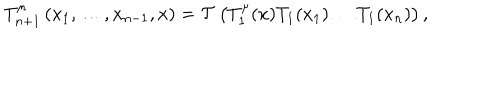
T _ { n + 1 } ^ { \mu } \left( x _ { 1 } , \ldots , x _ { n - 1 } , x \right) = { \cal T } \left( T _ { 1 } ^ { \mu } ( x ) T _ { 1 } ( x _ { 1 } ) \ldots T _ { 1 } ( x _ { n } ) \right) ,